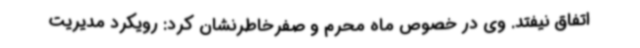
اتفاق نیفتد. وی در خصوص ماه محرم و صفرخاطرنشان کرد: رویکرد مدیریت